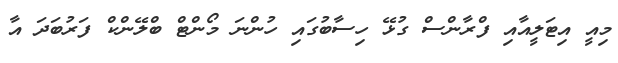
މިއީ އިޓަލީއާއި ފްރާންސް ގުޅޭ ހިސާބުގައި ހުންނަ މޯންޓް ބްލޭންކް ފަރުބަދަ އާ